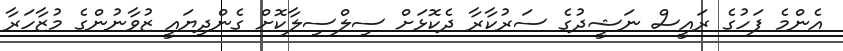
އެންމެ ފަހުގެ ރައީސް ނަޝީދުގެ ސަރުކާރާ ދެކޮޅަށް ސިލްސިލާކޮށް ގެންދިޔައީ ޒުވާނުންގެ މުޒާހަރާ